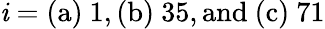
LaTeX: \mathit{i}=\mathrm{{(a)}}~1,\mathrm{{(b)}}~35,\mathrm{{and~(c)}}~71